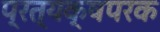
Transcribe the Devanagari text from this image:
प्रत्यक्षपरक